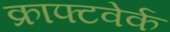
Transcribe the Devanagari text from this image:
क्राफ्टवेर्क